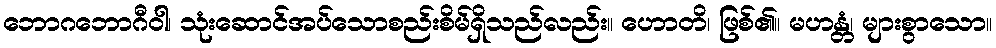
ဘောဂဘောဂီဝါ၊ သုံးဆောင်အပ်သောစည်းစိမ်ရှိသည်လည်း။ ဟောတိ၊ ဖြစ်၏။ မဟန္တံ၊ များစွာသော။